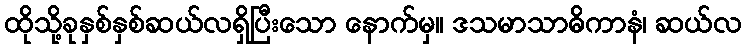
ထိုသို့ခုနှစ်နှစ်ဆယ်လရှိပြီးသော နောက်မှ။ ဒသမာသာဓိကာနံ၊ ဆယ်လ